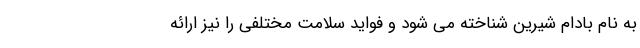
به نام بادام شيرين شناخته مي شود و فوايد سلامت مختلفي را نيز ارائه